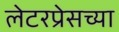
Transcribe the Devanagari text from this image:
लेटरप्रेसच्या